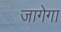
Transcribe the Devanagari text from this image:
जागेगा